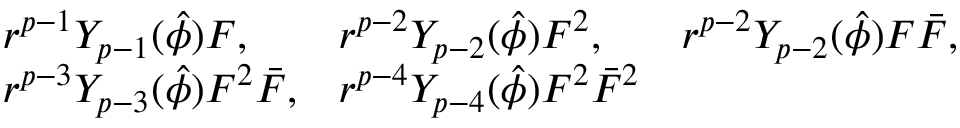
\begin{array} { l l l } { { r ^ { p - 1 } Y _ { p - 1 } ( \hat { \phi } ) F , } } & { { r ^ { p - 2 } Y _ { p - 2 } ( \hat { \phi } ) F ^ { 2 } , } } & { { r ^ { p - 2 } Y _ { p - 2 } ( \hat { \phi } ) F \bar { F } , } } \\ { { r ^ { p - 3 } Y _ { p - 3 } ( \hat { \phi } ) F ^ { 2 } \bar { F } , } } & { { r ^ { p - 4 } Y _ { p - 4 } ( \hat { \phi } ) F ^ { 2 } \bar { F } ^ { 2 } } } & { { } } \end{array}